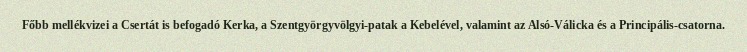
Főbb mellékvizei a Csertát is befogadó Kerka, a Szentgyörgyvölgyi-patak a Kebelével, valamint az Alsó-Válicka és a Principális-csatorna.